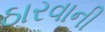
ઠારવાની